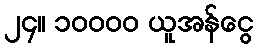
၂၄။ ၁၀၀၀၀ ယူအန်ငွေ